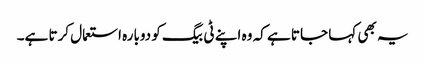
یہ بھی کہا جاتا ہے کہ وہ اپنے ٹی بیگ کو دوبارہ استعمال کرتا ہے۔